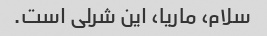
سلام، ماریا، این شرلی است.